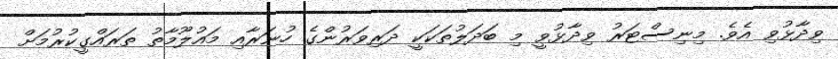
ވިދާޅުވި އެވެ. މިނިސްޓަރު ވިދާޅުވީ މި ބަދަލުތަކަކީ ދަރިވަރުންގެ ހުނަރާއި މައުލޫމާތު ތަރައްގީކުރުމަށް